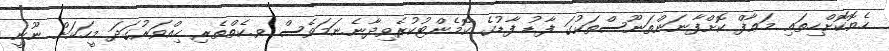
ހެޔޮކޮށްހިތައި މަޢާފް ކޮށްފާނަންތަނޫސްތަކުގަ ފާޑު ފާޑުގެ ކޮމެންޓުކުރެވިދާނެ.ނަމަވެސް ވ.ކެތްތެރި ހިއްވަރުގަދަ މީހަކަށް ނޫނީ